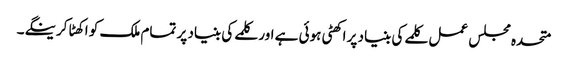
متحدہ مجلس عمل کلمے کی بنیاد پر اکھٹی ہوئی ہے اور کلمے کی بنیاد پر تمام ملک کو اکھٹا کرینگے۔